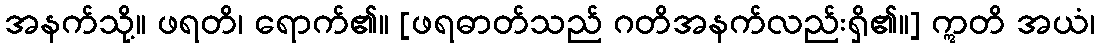
အနက်သို့။ ဖရတိ၊ ရောက်၏။ [ဖရဓာတ်သည် ဂတိအနက်လည်းရှိ၏။] ဣတိ အယံ၊